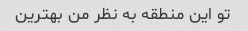
تو این منطقه به نظر من بهترین